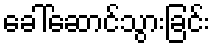
ခေါ်ဆောင်သွားခြင်း